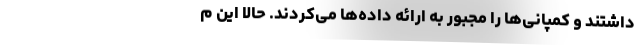
داشتند و کمپانی‌ها را مجبور به ارائه داده‌ها می‌کردند. حالا این م